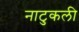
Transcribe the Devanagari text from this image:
नाटुकली